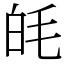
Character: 㿞